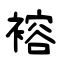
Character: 褣